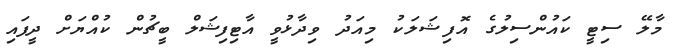
މާލޭ ސިޓީ ކައުންސިލުގެ އޮފިޝަލަކު މިއަދު ވިދާޅުވީ އާޓިފިޝަލް ބީޗުން ކުއްޔަށް ދީފައި